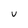
Character: U